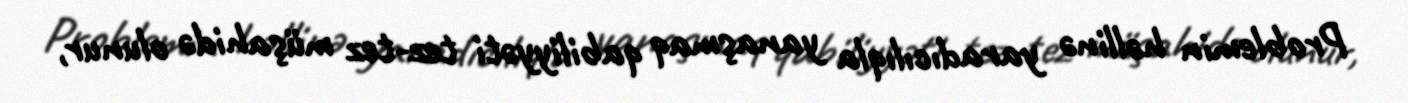
Problemin həllinə yaradıcılıqla yanaşmaq qabiliyyəti tez-tez müşahidə olunur,